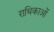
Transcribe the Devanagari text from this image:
राथिकाओं